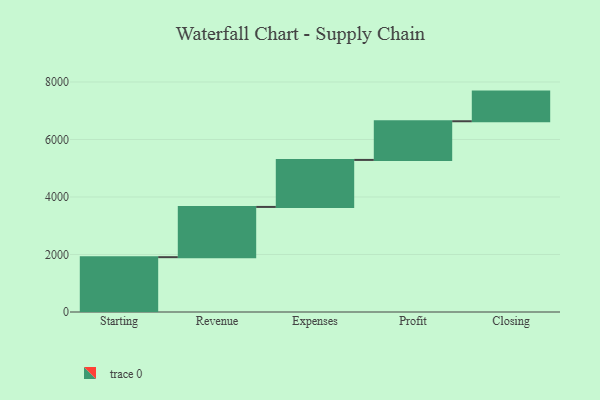
{"axis": {"x": "Step", "y": "Value"}, "legend": [""], "data": [{"x": "Starting", "y": 1907.0, "type": ""}, {"x": "Revenue", "y": 1747.0, "type": ""}, {"x": "Expenses", "y": 1635.0, "type": ""}, {"x": "Profit", "y": 1345.0, "type": ""}, {"x": "Closing", "y": 1031.0, "type": ""}]}